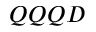
Q Q Q D